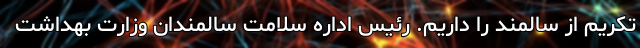
تکریم از سالمند را داریم. رئیس اداره سلامت سالمندان وزارت بهداشت